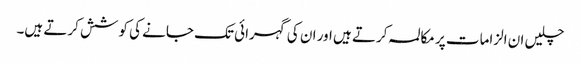
چلیں ان الزامات پر مکالمہ کرتے ہیں اور ان کی گہرائی تک جانے کی کوشش کرتے ہیں۔